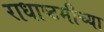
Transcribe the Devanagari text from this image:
राधाष्टमीच्या